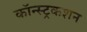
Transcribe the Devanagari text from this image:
कॉन्स्ट्रकशन